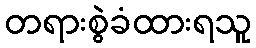
တရားစွဲခံထားရသူ